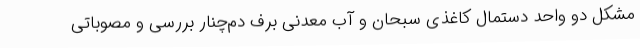
مشکل دو واحد دستمال کاغذی سبحان و آب معدنی برف دم‌چنار بررسی و مصوباتی